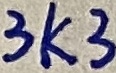
Text: 3K3